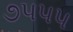
૭પપપ